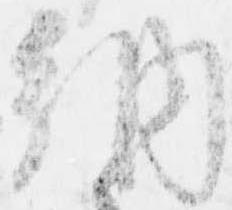
納